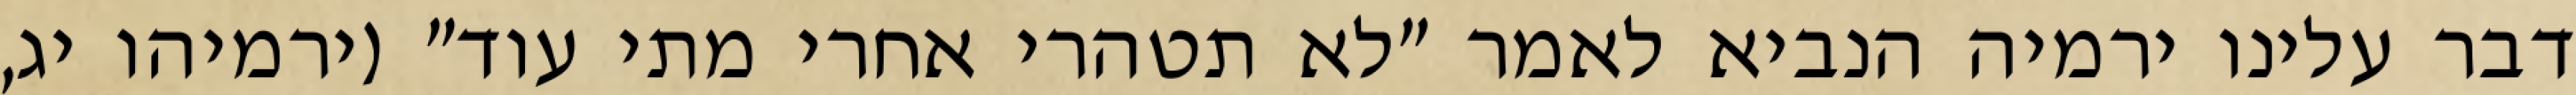
דבר עלינו ירמיה הנביא לאמר "לא תטהרי אחרי מתי עוד" (ירמיהו יג,